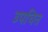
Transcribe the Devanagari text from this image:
उपचित